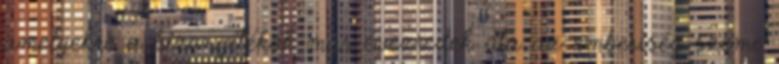
amelyekre a bizonyítékok már évezredek óta az emberiség szeme